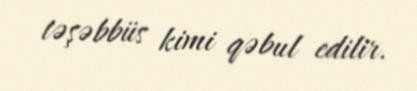
təşəbbüs kimi qəbul edilir.